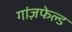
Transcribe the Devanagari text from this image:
गांज़फेल्ड